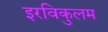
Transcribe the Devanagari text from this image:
इरविकुलम